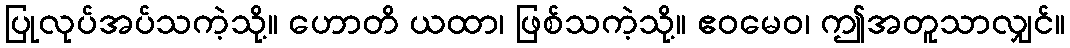
ပြုလုပ်အပ်သကဲ့သို့။ ဟောတိ ယထာ၊ ဖြစ်သကဲ့သို့။ ဧဝမေဝ၊ ဤအတူသာလျှင်။